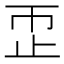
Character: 𬅹